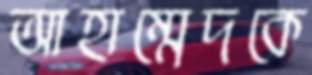
আহাম্মেদকে